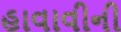
હાવાવીની